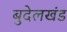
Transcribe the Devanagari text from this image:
बुदेलखंड